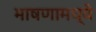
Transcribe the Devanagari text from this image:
भाषणामध्ये